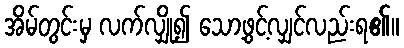
အိမ်တွင်းမှ လက်လျှို၍ သော့ဖွင့်လျှင်လည်းရ၏။